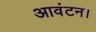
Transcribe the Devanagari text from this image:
आवंटन।